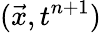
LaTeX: (\vec{x},t^{n+1})